Civil Veterinary Department Bihar & Orissa reports 1929-36 - 1929-1936
Year: 1929
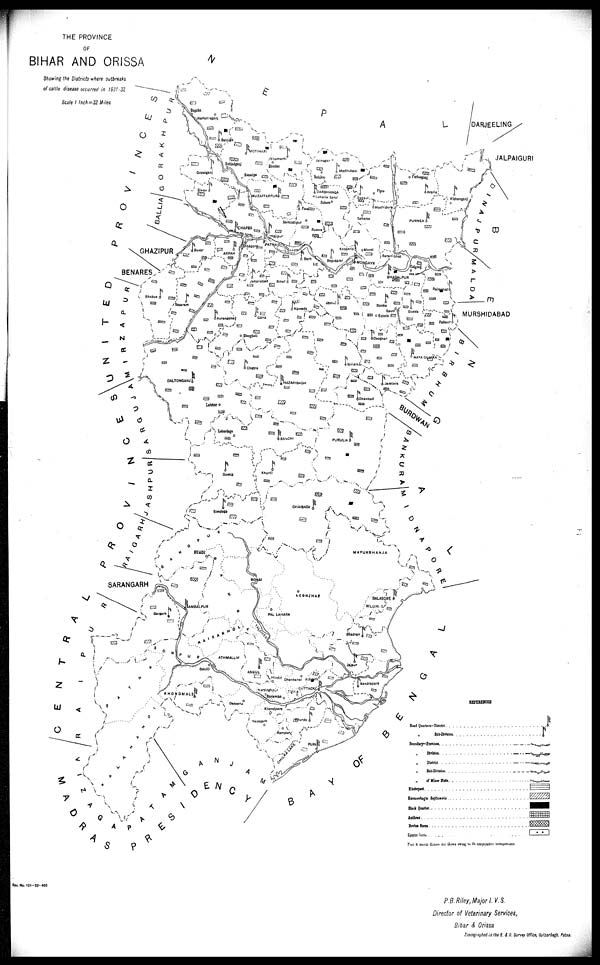
THE PROVINCE
OF
BIHAR AND ORISSA
Showing the Districts where outbreaks
of cattle disease occurred in 1931-32
Scale 1 Inch=32 Miles
P. B. Riley, Major l. V. S.
Director of Veterinary Services,
Bihar & Orissa
Zincographed in the B. & O. Survey Office, Gulzarbagh. Patna.